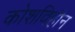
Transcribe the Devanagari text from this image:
कोशविहीन